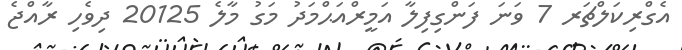
އެގްރިކަލްޗަރ 7 ވަނަ ފަންގިފިލާ އަމީރްއަޙްމަދު މަގު މާލެ 20125 ދިވެހި ރާއްޖެ